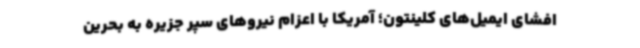
افشای ایمیل‌های کلینتون؛ آمریکا با اعزام نیروهای سپر جزیره به بحرین